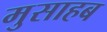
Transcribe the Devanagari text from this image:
मुसाहब